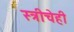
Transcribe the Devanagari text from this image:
स्त्रीचेही